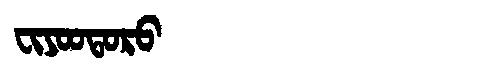
Manchu: ᠸᡳᠶᠣᠣᡨᠣᡵᠣ
Romanization: FIYOOTORO